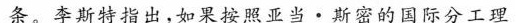
条。李斯特指出，如果按照亚当·斯密的国际分工理